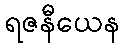
ရဇနီယေန